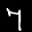
Label: 7